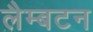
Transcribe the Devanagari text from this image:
लैम्बटन